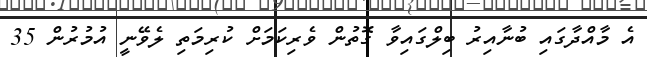
އެ މާއްދާގައި ބުނާއިރު ބިލްގައިވާ ގޮތުން ވެރިކަމަށް ކުރިމަތި ލެވޭނީ އުމުރުން 35